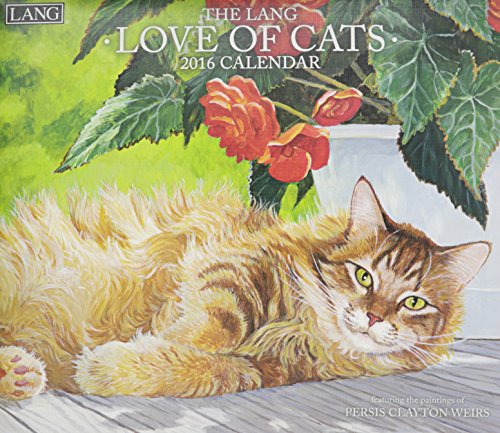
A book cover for Love of Cats 2016 Calendar; Calendars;